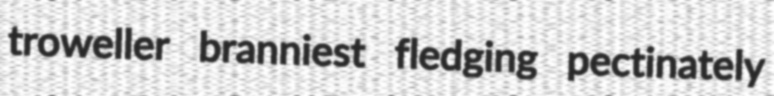
troweller branniest fledging pectinately